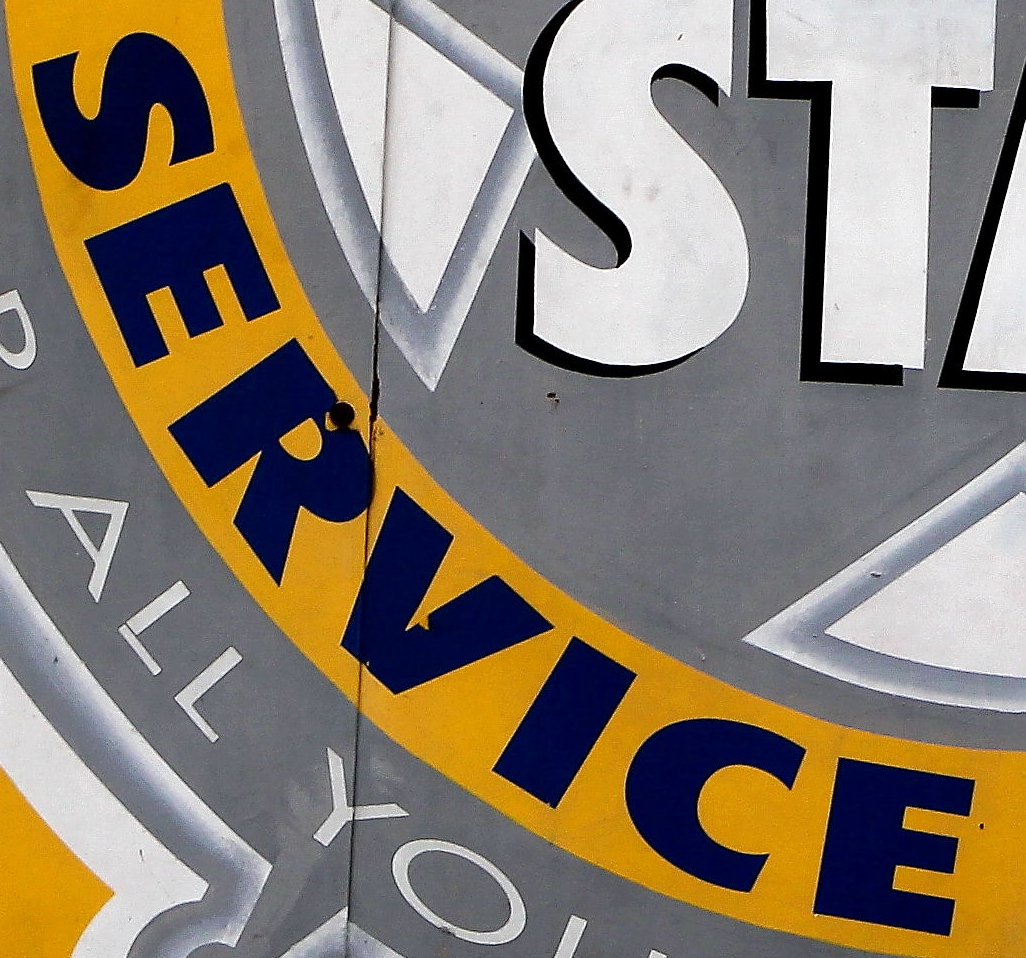
SERVICE